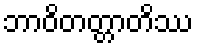
ဘာဝိတတ္တာတိဿ